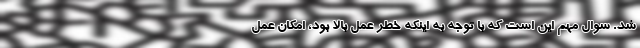
شد. سوال مهم این است که با توجه به اینکه خطر عمل بالا بود، امکان عمل